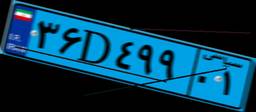
۹۸D۲۳۸۹۴